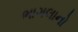
ભાગલાનો